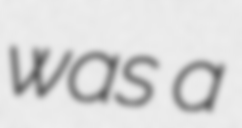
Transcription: was a